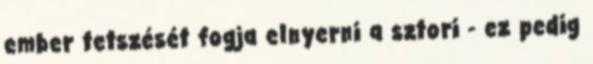
ember tetszését fogja elnyerni a sztori - ez pedig